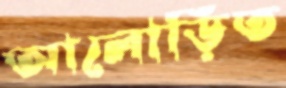
আলোড়িত